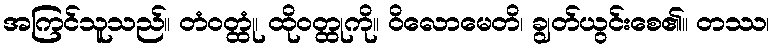
အကြင်သူသည်။ တံဝတ္ထုံ၊ ထိုဝတ္ထုကို။ ဝိလောမေတိ၊ ချွတ်ယွင်းစေ၏။ တဿ၊